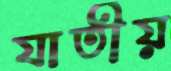
যাতীয়